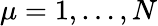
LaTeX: \mu=1,\ldots,N